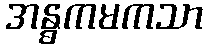
အန္ဓကမကသာ